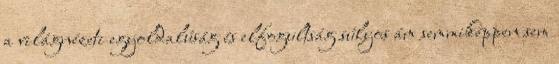
a világnézeti egyoldalúság és elfogultság súlyos ám semmiképpen sem